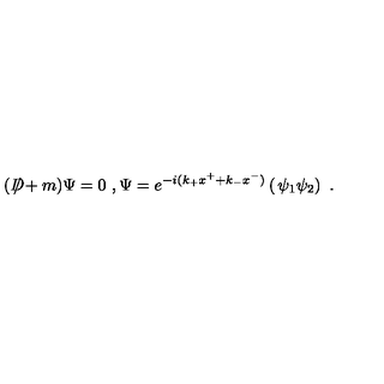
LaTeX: ( D \! \! \! \! / + m ) \Psi = 0 \ , \Psi = e ^ { - i ( k _ { + } x ^ { + } + k _ { - } x ^ { - } ) } \left( \begin{matrix} { \psi _ { 1 } } \\ { \psi _ { 2 } } \\ \end{matrix} \right) \ .